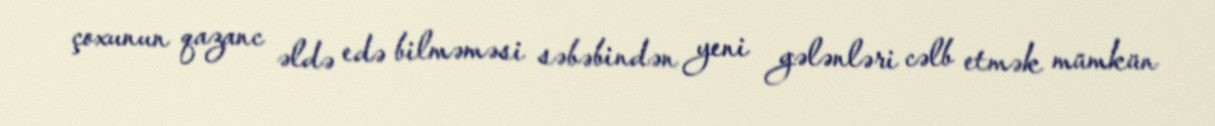
çoxunun qazanc əldə edə bilməməsi səbəbindən yeni gələnləri cəlb etmək mümkün